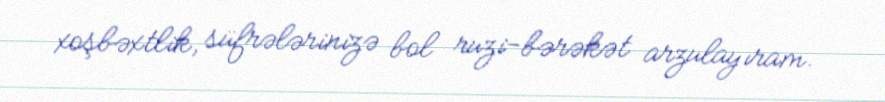
xoşbəxtlik, süfrələrinizə bol ruzi-bərəkət arzulayıram.